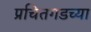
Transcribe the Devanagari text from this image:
प्रचितगडच्या